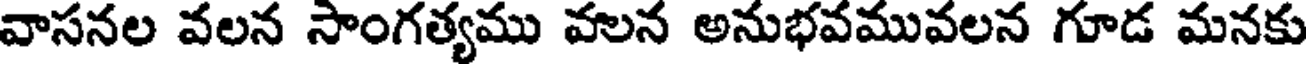
వాసనల వలన సాంగత్యము వలన అనుభవమువలన గూడ మనకు